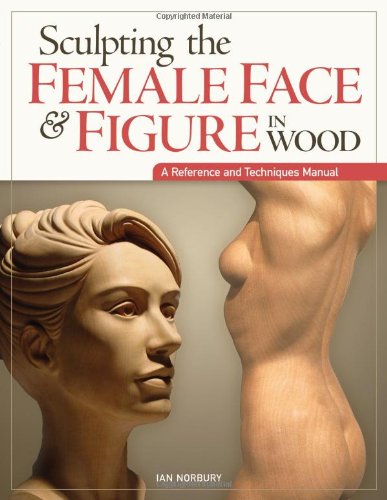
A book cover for Sculpting the Female Face & Figure in Wood: A Reference and Techniques Manual; Ian Norbury; Crafts, Hobbies & Home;